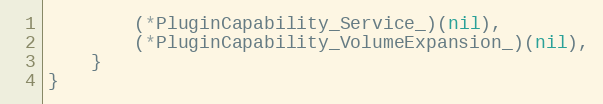
Language: Go
		(*PluginCapability_Service_)(nil),
		(*PluginCapability_VolumeExpansion_)(nil),
	}
}